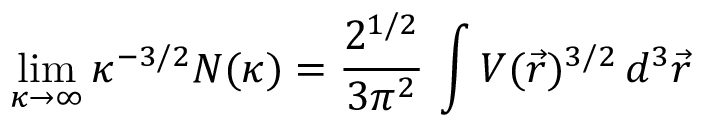
\operatorname* { l i m } _ { \kappa \to \infty } \kappa ^ { - 3 / 2 } N ( \kappa ) = \frac { 2 ^ { 1 / 2 } } { 3 \pi ^ { 2 } } \, \int V ( \vec { r } ) ^ { 3 / 2 } \, d ^ { 3 } \vec { r }